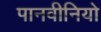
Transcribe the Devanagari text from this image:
पानवीनियो